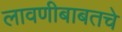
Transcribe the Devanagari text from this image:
लावणीबाबतचे